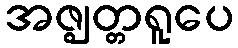
အဇ္ဈတ္တရူပေ